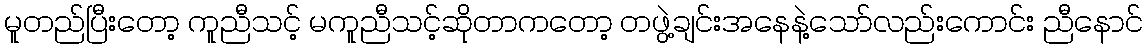
မူတည်ပြီးတော့ ကူညီသင့် မကူညီသင့်ဆိုတာကတော့ တဖွဲ့ချင်းအနေနဲ့သော်လည်းကောင်း ညီနောင်